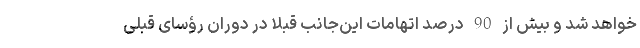
خواهد شد و بیش از 90 درصد اتهامات این‌جانب قبلا در دوران رؤسای قبلی